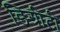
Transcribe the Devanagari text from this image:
डिग्रीटी